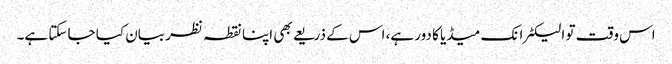
اس وقت تو الیکٹرانک میڈیا کا دور ہے، اس کے ذریعے بھی اپنا نقطہ نظر بیان کیا جا سکتا ہے۔